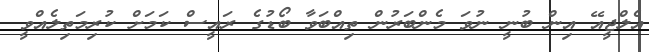
އެލްޖީއޭ އިން ބުނީ ނުވަ މެންބަރުން ތިއްބަވާ ބޯޑުގެ ރައީސް ކަމަށް ކުރިމަތިލެއްވީ